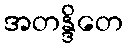
အတန္ဒိတေ